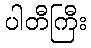
ပါတီကြီး